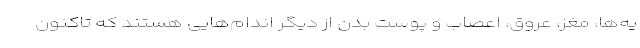
یه‌ها، مغز، عروق، اعصاب و پوست بدن از دیگر اندام‌هایی هستند که تاکنون